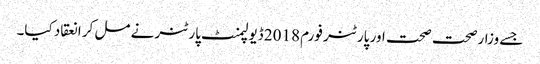
جسے وزارصحت صحت اور پارٹنر فورم 2018 ڈیولپمنٹ پارٹنر نے مل کر انعقاد کیا۔